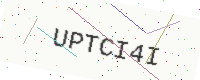
Text: UPTCI4I